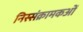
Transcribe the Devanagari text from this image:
निस्संक्रामकओं